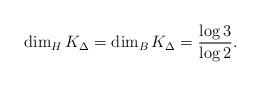
LaTeX: \begin{align*} \dim_H K_{\Delta} = \dim_B K_{\Delta} = \frac{\log3}{\log2}. \end{align*}